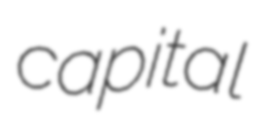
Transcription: capital